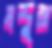
মন্দুরা